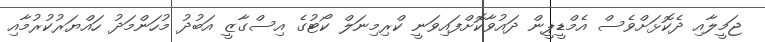
ޖަމީލާއި ދެކޮޅަށްވެސް އެމްޑީޕީން ދައުވާކޮށްފައިވަނީ ކްރިމިނަލް ކޯޓުގެ އިސްގާޒީ އަބުދު މުހަންމަދު ހައްޔަރުކުރުމާއި